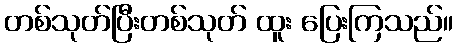
တစ်သုတ်ပြီးတစ်သုတ် ထူး ပြေးကြသည်။